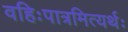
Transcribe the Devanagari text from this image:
वहिःपात्रमित्यर्थः